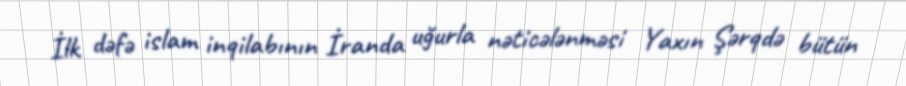
İlk dəfə islam inqilabının İranda uğurla nəticələnməsi Yaxın Şərqdə bütün